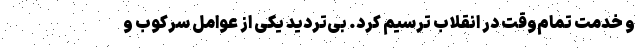
و خدمت تمام‌وقت در انقلاب ترسیم کرد. بی‌تردید یکی از عوامل سرکوب و